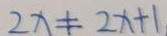
2 x \neq 2 x + 1